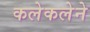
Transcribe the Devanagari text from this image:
कलेकलेने